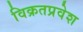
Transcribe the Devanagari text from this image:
विक्रतप्रवेश